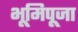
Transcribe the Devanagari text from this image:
भूमिपूजा